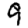
Digit: 9